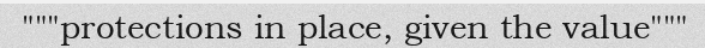
"""protections in place, given the value"""